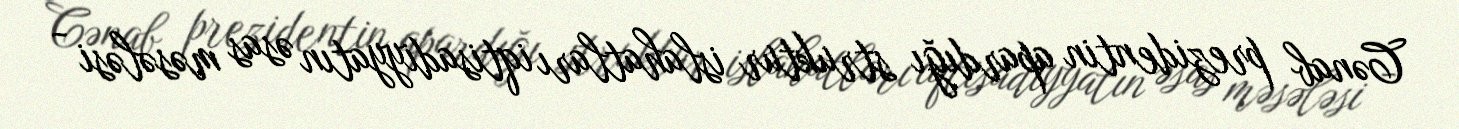
Cənab prezidentin apardığı struktur islahatları iqtisadiyyatın əsas məsələsi -